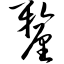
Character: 厘